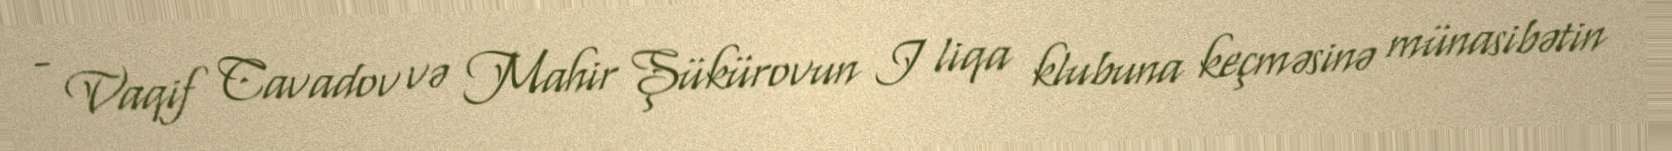
- Vaqif Cavadov və Mahir Şükürovun I liqa klubuna keçməsinə münasibətin